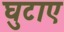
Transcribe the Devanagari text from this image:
घुटाए